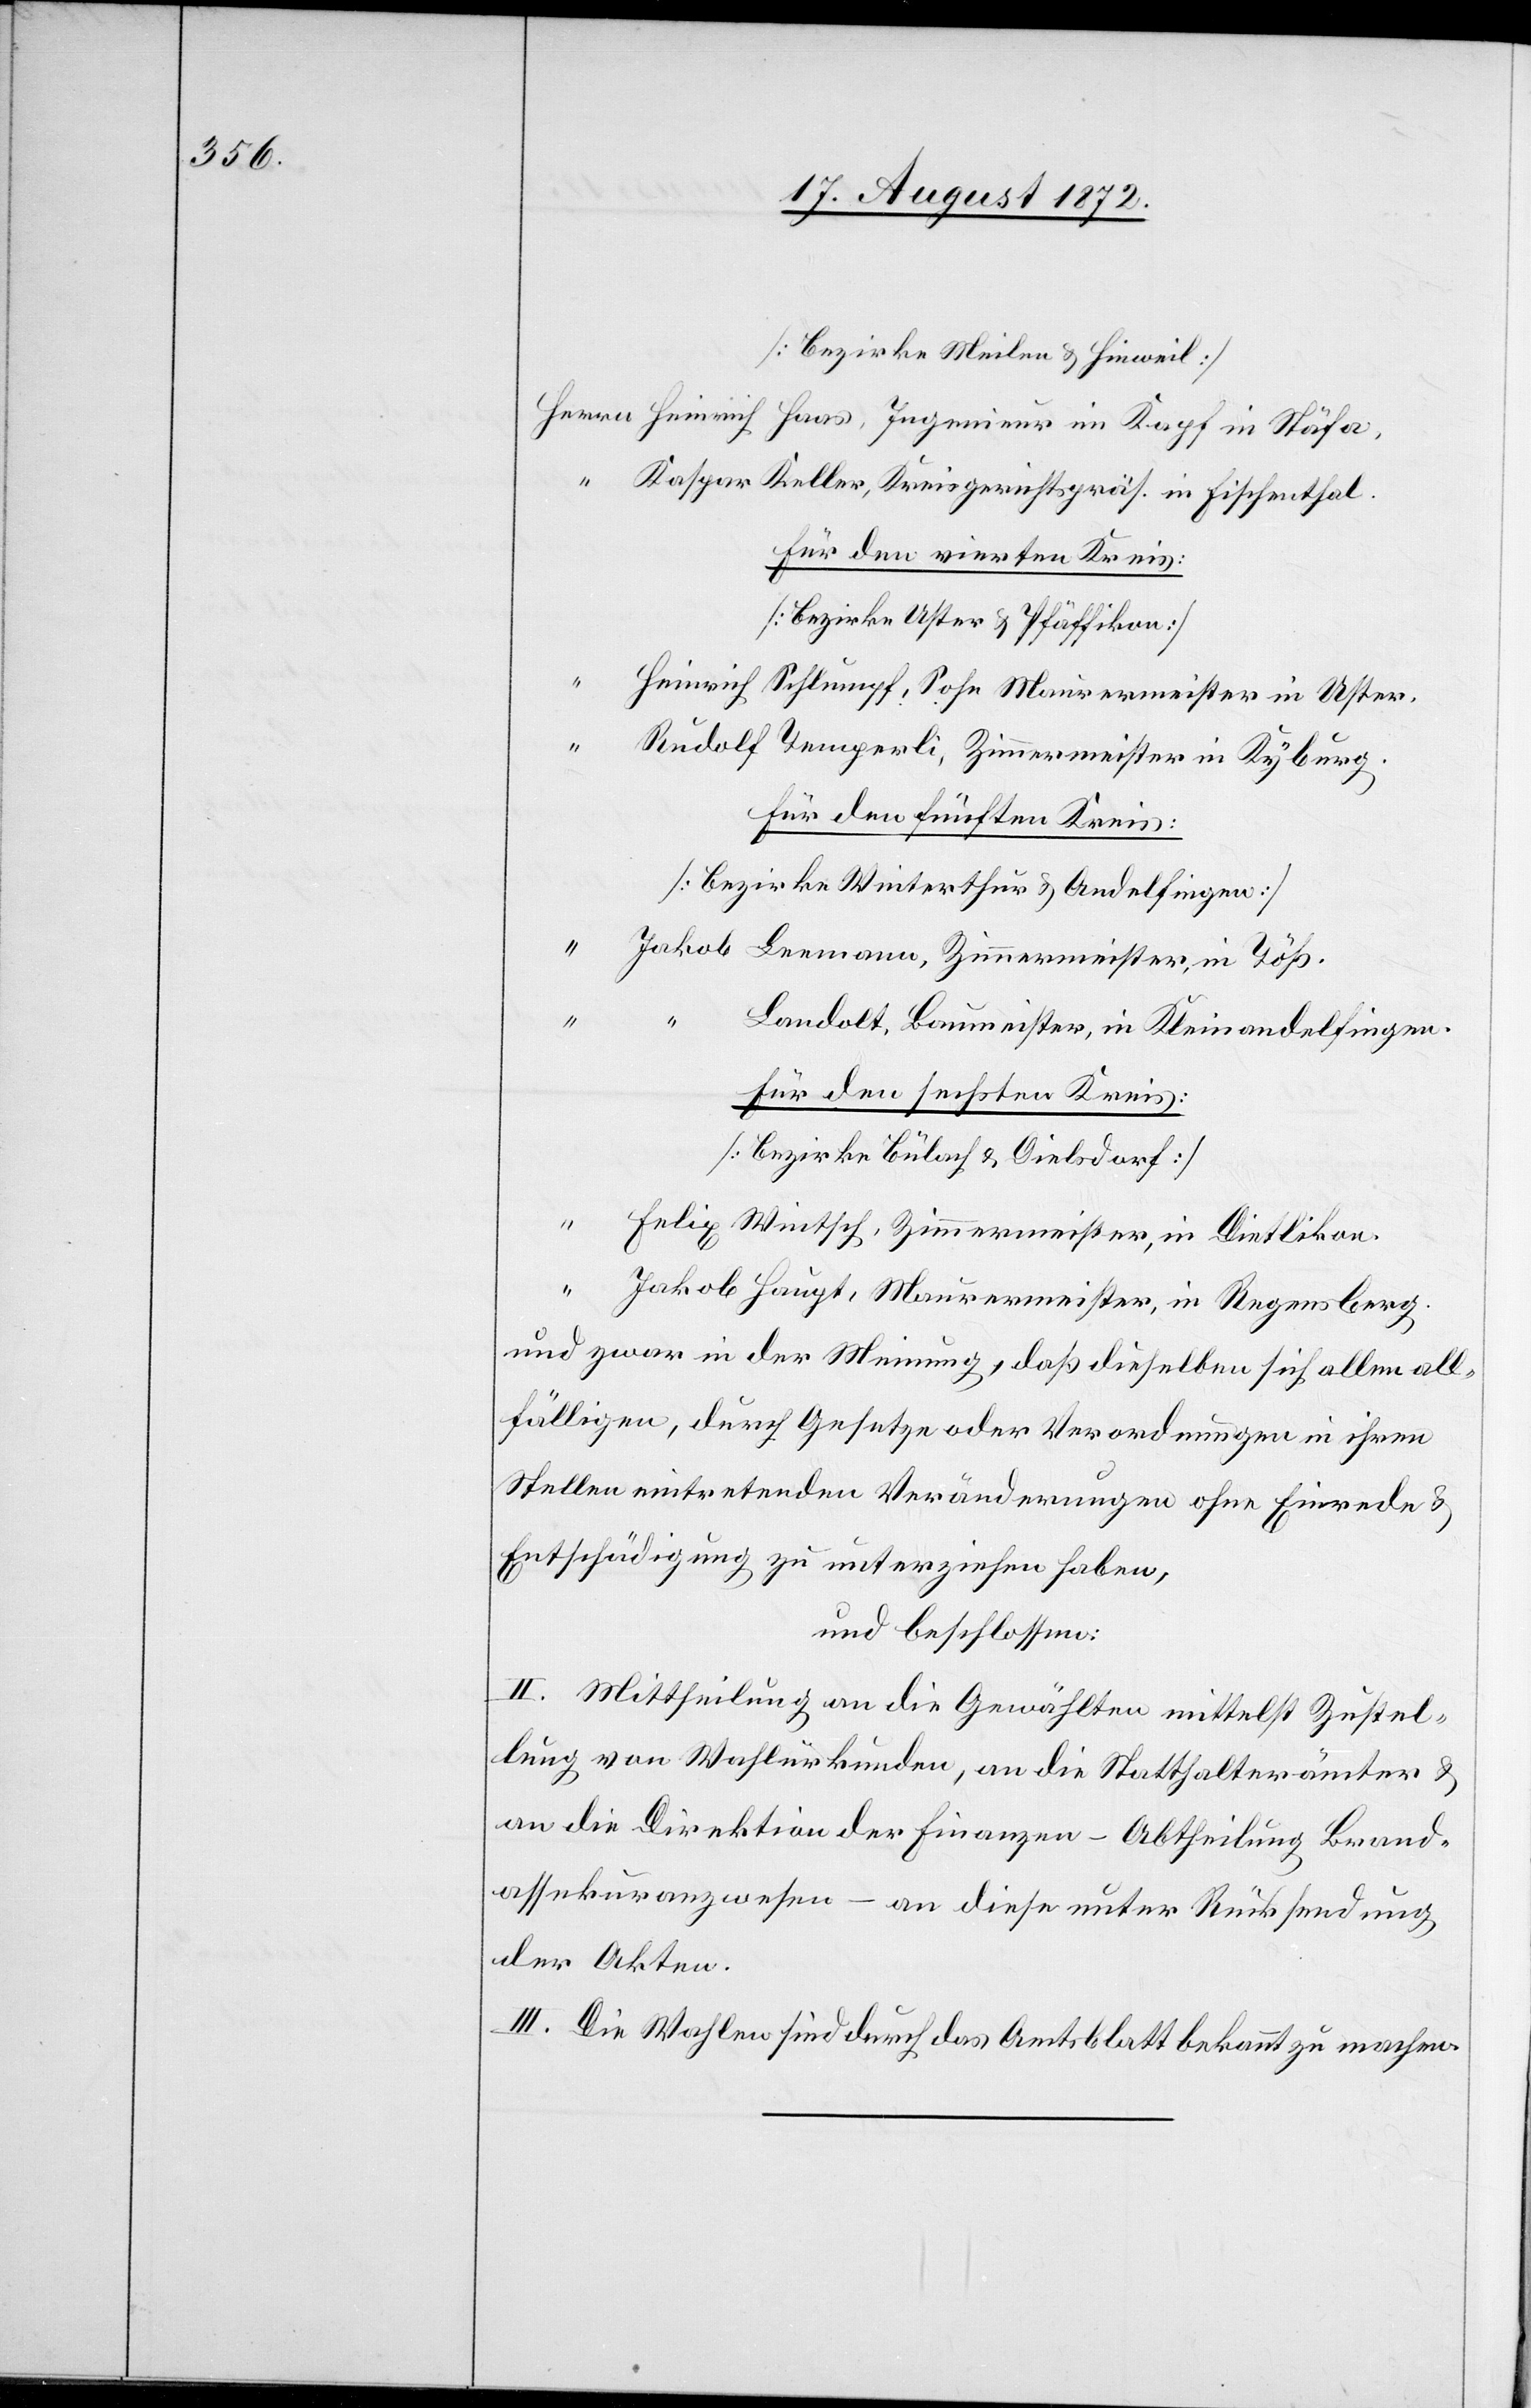
[Bezirke Meilen u. Hinweil]
Kaspar Keller, Kreisgerichtspräs. in Fischenthal.
Für den vierten Kreis:
[Bezirke Uster u. Pfäffikon]
Heinrich Schlumpf, Sohn Maurermeister in Uster.
Rudolf Temperli, Zimmermeister in Kyburg.
Für den fünften Kreis:
[Bezirke Winterthur u. Andelfingen]
Jakob Leemann, Zimmermeister, in Töß.
“
“ Landolt, Baumeister, in Kleinandelfingen.
Für den sechsten Kreis:
[Bezirke Bülach u. Dielsdorf]
Felix Wintsch, Zimmermeister, in Dietlikon.
Jakob Haupt, Maurermeister, in Regensberg.
und zwar in der Meinung, daß dieselben sich allen all¬
fälligen, durch Gesetze oder Verordnungen in ihren
Stellen eintretenden Veränderungen ohne Einrede u.
Entschädigung zu unterziehen haben,
und beschlossen:
II. Mittheilung an die Gewählten mittelst Zustel¬
lung von Wahlurkunden, an die Statthalterämter u.
an die Direktion der Finanzen – Abtheilung Brand¬
assekuranzwesen – an diese unter Rücksendung
der Akten.
III. Die Wahlen sind durch das Amtsblatt bekannt zu machen.